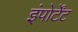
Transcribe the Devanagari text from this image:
इंपोर्टेंट